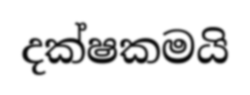
දක්ෂකමයි